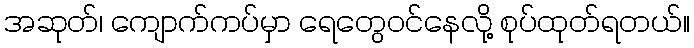
အဆုတ်၊ ကျောက်ကပ်မှာ ရေတွေဝင်နေလို့ စုပ်ထုတ်ရတယ်။